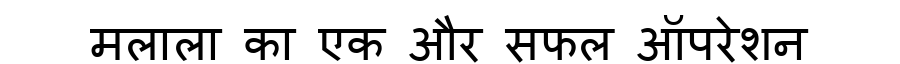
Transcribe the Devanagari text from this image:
मलाला का एक और सफल ऑपरेशन